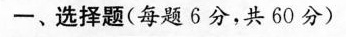
一、选择题(每题6分，共60分)